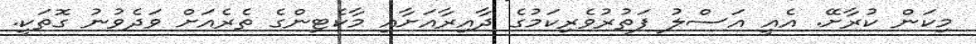
މިކަން ކުރާށޭ. އެއީ އަސްލު ފަތުރުވެރިކަމުގެ ދާއިރާއަށާއި މާކެޓިންގެ ތެރެއަށް ވަދެވުނު ގޮތަކީ.